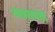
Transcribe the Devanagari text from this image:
वावरायचा